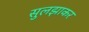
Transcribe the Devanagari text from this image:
सुलझाकर